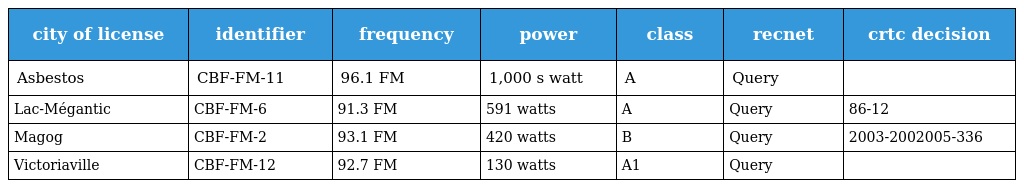
| city of license | identifier | frequency | power | class | recnet | crtc decision |
 | --- | --- | --- | --- | --- | --- | --- |
 | Asbestos | CBF-FM-11 | 96.1 FM | 1,000 s watt | A | Query |  |
 | Lac-Mégantic | CBF-FM-6 | 91.3 FM | 591 watts | A | Query | 86-12 |
 | Magog | CBF-FM-2 | 93.1 FM | 420 watts | B | Query | 2003-2002005-336 |
 | Victoriaville | CBF-FM-12 | 92.7 FM | 130 watts | A1 | Query |  |